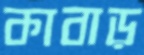
কাবাড়